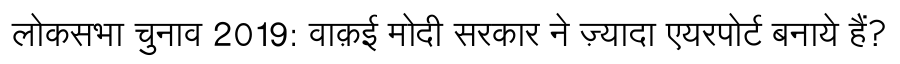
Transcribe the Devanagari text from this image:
लोकसभा चुनाव 2019: वाक़ई मोदी सरकार ने ज़्यादा एयरपोर्ट बनाये हैं?